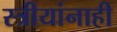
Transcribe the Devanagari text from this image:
स्त्रीयांनाही